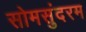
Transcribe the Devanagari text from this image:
सोमसुंदरम